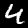
Digit: 4